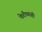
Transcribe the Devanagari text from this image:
फेरीच्याही